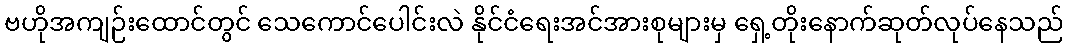
ဗဟိုအကျဉ်းထောင်တွင် သေကောင်ပေါင်းလဲ နိုင်ငံရေးအင်အားစုများမှ ရှေ့တိုးနောက်ဆုတ်လုပ်နေသည်